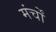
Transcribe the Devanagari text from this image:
मंर्चों